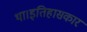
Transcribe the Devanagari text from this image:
था।इतिहासकार